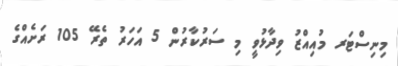
މިނިސްޓަރ މުއިއްޒު ވިދާޅުވީ މި ސަރުކާރުން 5 އަހަރު ތެރޭ 105 ރަށެއްގެ